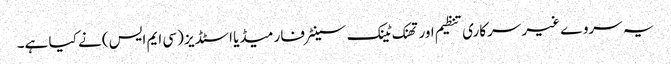
یہ سروے غیر سرکاری تنظیم اور تھنک ٹینک سینٹر فار میڈیا اسٹڈیز (سی ایم ایس) نے کیا ہے۔